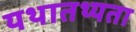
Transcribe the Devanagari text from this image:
यथातथ्‍यता